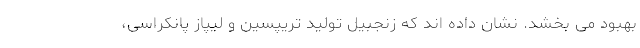
بهبود می بخشد. نشان داده اند که زنجبیل تولید تریپسین و لیپاز پانکراسی،